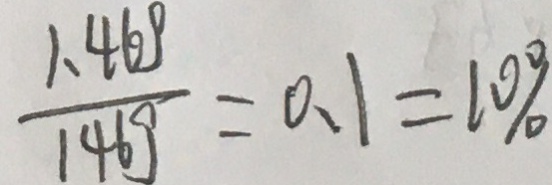
\frac { 1 . 4 6 g } { 1 4 6 g } = 0 . 1 = 1 0 \%